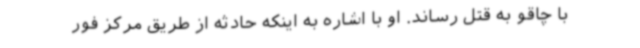
با چاقو به قتل رساند. او با اشاره به اینکه حادثه از طریق مرکز فور